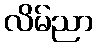
လိမ်ညာ